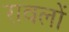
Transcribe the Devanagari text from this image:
रावलों